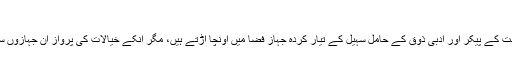
آمین
مردانہ حسن و وجاہت کے پیکر اور ادبی ذوق کے حامل سہیل کے تیار کردہ جہاز فضا میں اونچا اڑتے ہیں، مگر انکے خیالات کی پرواز ان جہازوں سے بھی اونچی ہے۔